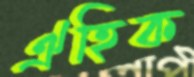
ঐহিক